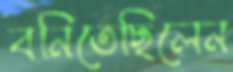
বনিতেছিলেন